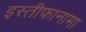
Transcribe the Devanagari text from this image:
इस्तीफानामा